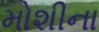
મોશીના